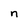
Character: n